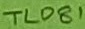
Text: TL081